Civil Veterinary Department. Central Provinces & Berar 1925-31 - 1925-1931
Year: 1925
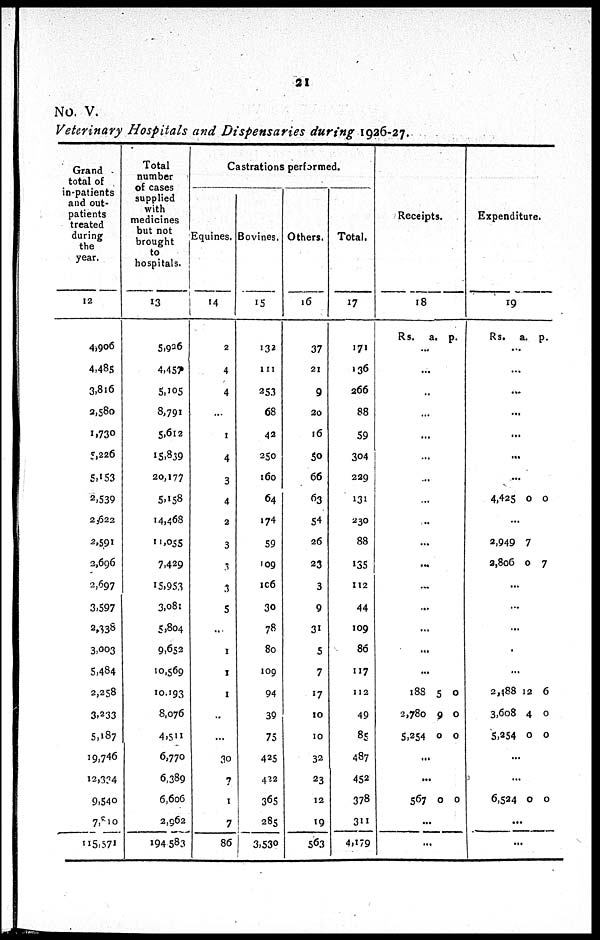
21
No. V.
Veterinary Hospitals and Dispensaries during 1926-27.
Grand
total of
in-patients
and out-
patients
treated
during
the
year.
12
4,906
4,485
3,816
2,580
1,730
5,226
5,153
2,539
2,622
2,591
2,696
2,697
3,597
2,338
3,003
5,484
2,258
3,233
5,187
19,746
12,324
9,540
7,810
115,371
Total
number
of cases
supplied
with
medicines
but not
brought
to
hospitals.
13
5,926
4,457
5,105
8,791
5,612
15,839
20,177
5,158
14,468
11,055
7,429
15,953
3,081
5,804
9,652
10,569
10,193
8,076
4,511
6,770
6,389
6,606
2,962
194,583
Castrations performed.
Equines.
14
2
4
4
...
1
4
3
4
2
3
3
3
5
...
1
1
1
...
...
30
7
1
7
86
Bovines.
15
132
111
253
68
42
250
160
64
174
59
109
106
30
78
80
109
94
39
75
425
422
365
285
3,530
Others.
16
37
21
9
20
16
50
66
63
54
26
23
3
9
31
5
7
17
10
10
32
23
12
19
563
Total.
17
171
136
266
88
59
304
229
131
230
88
135
112
44
109
86
117
112
49
85
487
452
378
311
4,179
Receipts.
18
Rs.
a. p.
...
...
...
...
...
...
...
...
...
...
...
...
...
...
...
...
188
2,780
5,254
5
9
0
0
0
0
...
...
567 0 0
...
...
Expenditure.
19
Rs.
a. p.
...
...
...
...
...
...
...
4,425 0 0
...
2,949
2,806
7
0 7
...
...
...
...
...
2,488
3,608
5,254
12
4
0
6
0
0
...
...
6,524 0 0
...
...